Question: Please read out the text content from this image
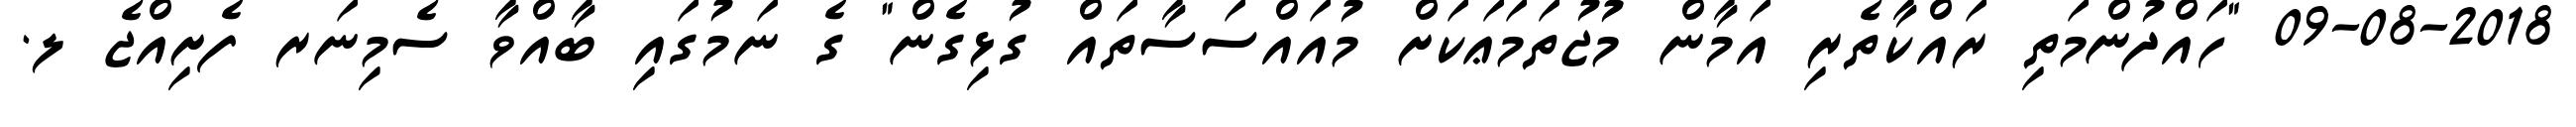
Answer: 09-08-2018 "ހައްދުންމަތި ރައްކާތެރި އަމާން މުޖުތަމަޢަކަށް މުއައްސަސާތައް ގުޅިގެން" ގެ ނަމުގައި ބާއްވާ ސެމިނަރ ފެށިއްޖެ ލ.